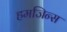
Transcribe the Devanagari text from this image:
हमजिन्स